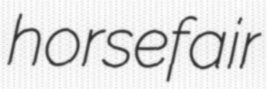
horsefair